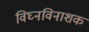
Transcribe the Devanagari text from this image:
विघ्नविनाशक